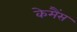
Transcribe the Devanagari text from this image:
केमैंस